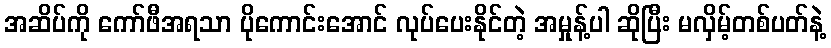
အဆိပ်ကို ကော်ဖီအရသာ ပိုကောင်းအောင် လုပ်ပေးနိုင်တဲ့ အမှုန့်ပါ ဆိုပြီး မလှိမ့်တစ်ပတ်နဲ့